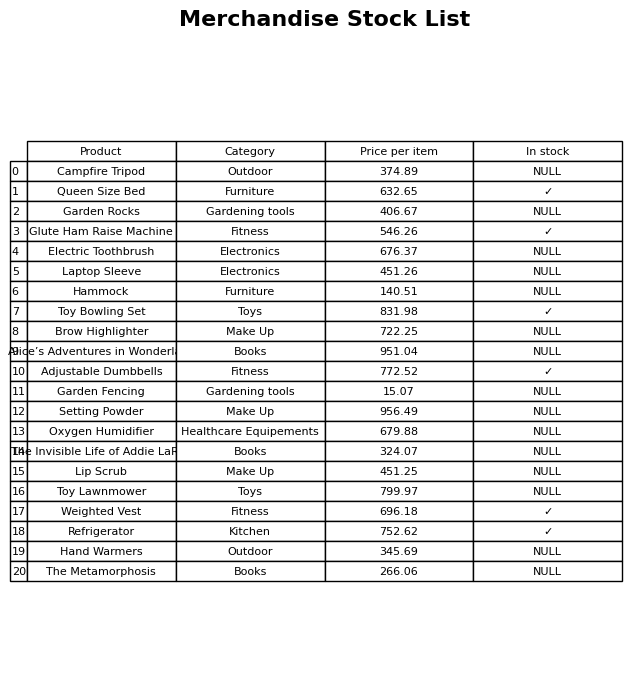
question: Is the Toy Lawnmower in stock?
answer: NULL